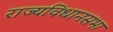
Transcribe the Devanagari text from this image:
राज्यविधानसभा